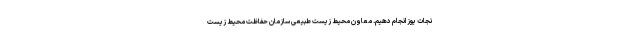
نجات یوز انجام دهیم. معاون محیط‌ زیست طبیعی سازمان حفاظت محیط‌ زیست